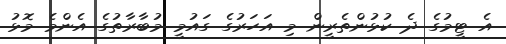
އެ ޓީމުގެ ދެ ކުޅުންތެރީން މި އަހަރުގެ ގައުމީ މުބާރާތުގެ އެންމެ މޮޅު